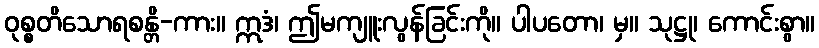
ဝုစ္စတိသောရစန္တိ-ကား။ ဣဒံ၊ ဤမကျူးလွန်ခြင်းကို။ ပါပတော၊ မှ။ သုဋ္ဌု၊ ကောင်းစွာ။